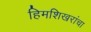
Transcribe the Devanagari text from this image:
हिमशिखरांचा